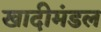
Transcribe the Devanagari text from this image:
खादीमंडल